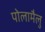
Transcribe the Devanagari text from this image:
पोलामैलु